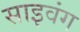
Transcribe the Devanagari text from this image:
साइवंग